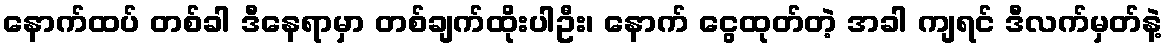
နောက်ထပ် တစ်ခါ ဒီနေရာမှာ တစ်ချက်ထိုးပါဦး၊ နောက် ငွေထုတ်တဲ့ အခါ ကျရင် ဒီလက်မှတ်နဲ့